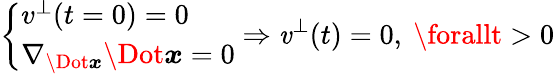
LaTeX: \left\{ \begin{array}{ll}{v^{\perp}(t=0)=0}\\ {\nabla_{\Dot{\boldsymbol x}}\Dot{\boldsymbol{x}}=0}\end{array}\right.\Rightarrow\mathit{v}^{\perp}(t)=0,\ \forallt>0